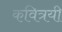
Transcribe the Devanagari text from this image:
कवित्रयी